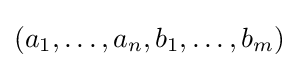
(a_{1},\dots ,a_{n},b_{1},\dots ,b_{m})